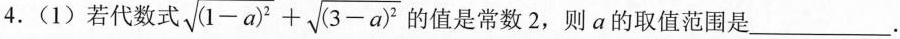
4.(1)若代数式$$\sqrt { ( 1 - a ) ^ { 2 } } + \sqrt { ( 3 - a ) ^ { 2 } }$$的值是常数2，则a的取值范围是___.